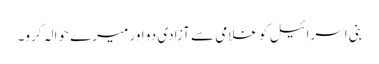
بنی اسرائیل کو غلامی سے آزادی دو اور میرے حوالہ کرو۔